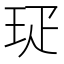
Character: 㺼